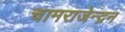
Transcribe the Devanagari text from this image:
चामराजेन्द्रन